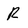
Character: R